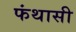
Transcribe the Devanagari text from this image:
फंथासी